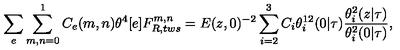
\sum _ { e } \sum _ { m , n = 0 } ^ { 1 } C _ { e } ( m , n ) \theta ^ { 4 } [ e ] F _ { R , t w s } ^ { m , n } = E ( z , 0 ) ^ { - 2 } \sum _ { i = 2 } ^ { 3 } C _ { i } \theta _ { i } ^ { 1 2 } ( 0 | \tau ) \frac { \theta _ { i } ^ { 2 } ( z | \tau ) } { \theta _ { i } ^ { 2 } ( 0 | \tau ) } ,